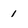
Character: 1